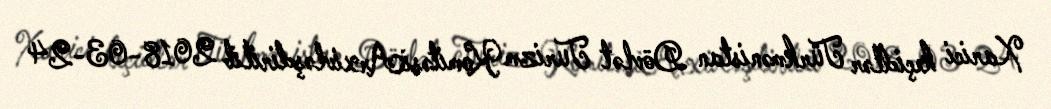
Xarici keçidlər Türkmənistan Dövlət Turizm KomitəsiArxivləşdirilib 2018-03-24